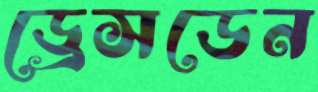
ড্রেসডেন